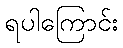
ရပါကြောင်း